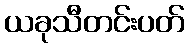
ယခုသီတင်းပတ်